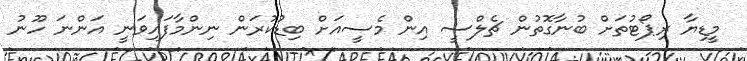
މީޑިޔާ ރިޕޯޓުތަށް ބުނާގޮތުން ޗެލްސީ އިން މެސީއަށް ބިޑުކުރަން ނިންމާފައިވަނީ އަންނަ ހޫނު